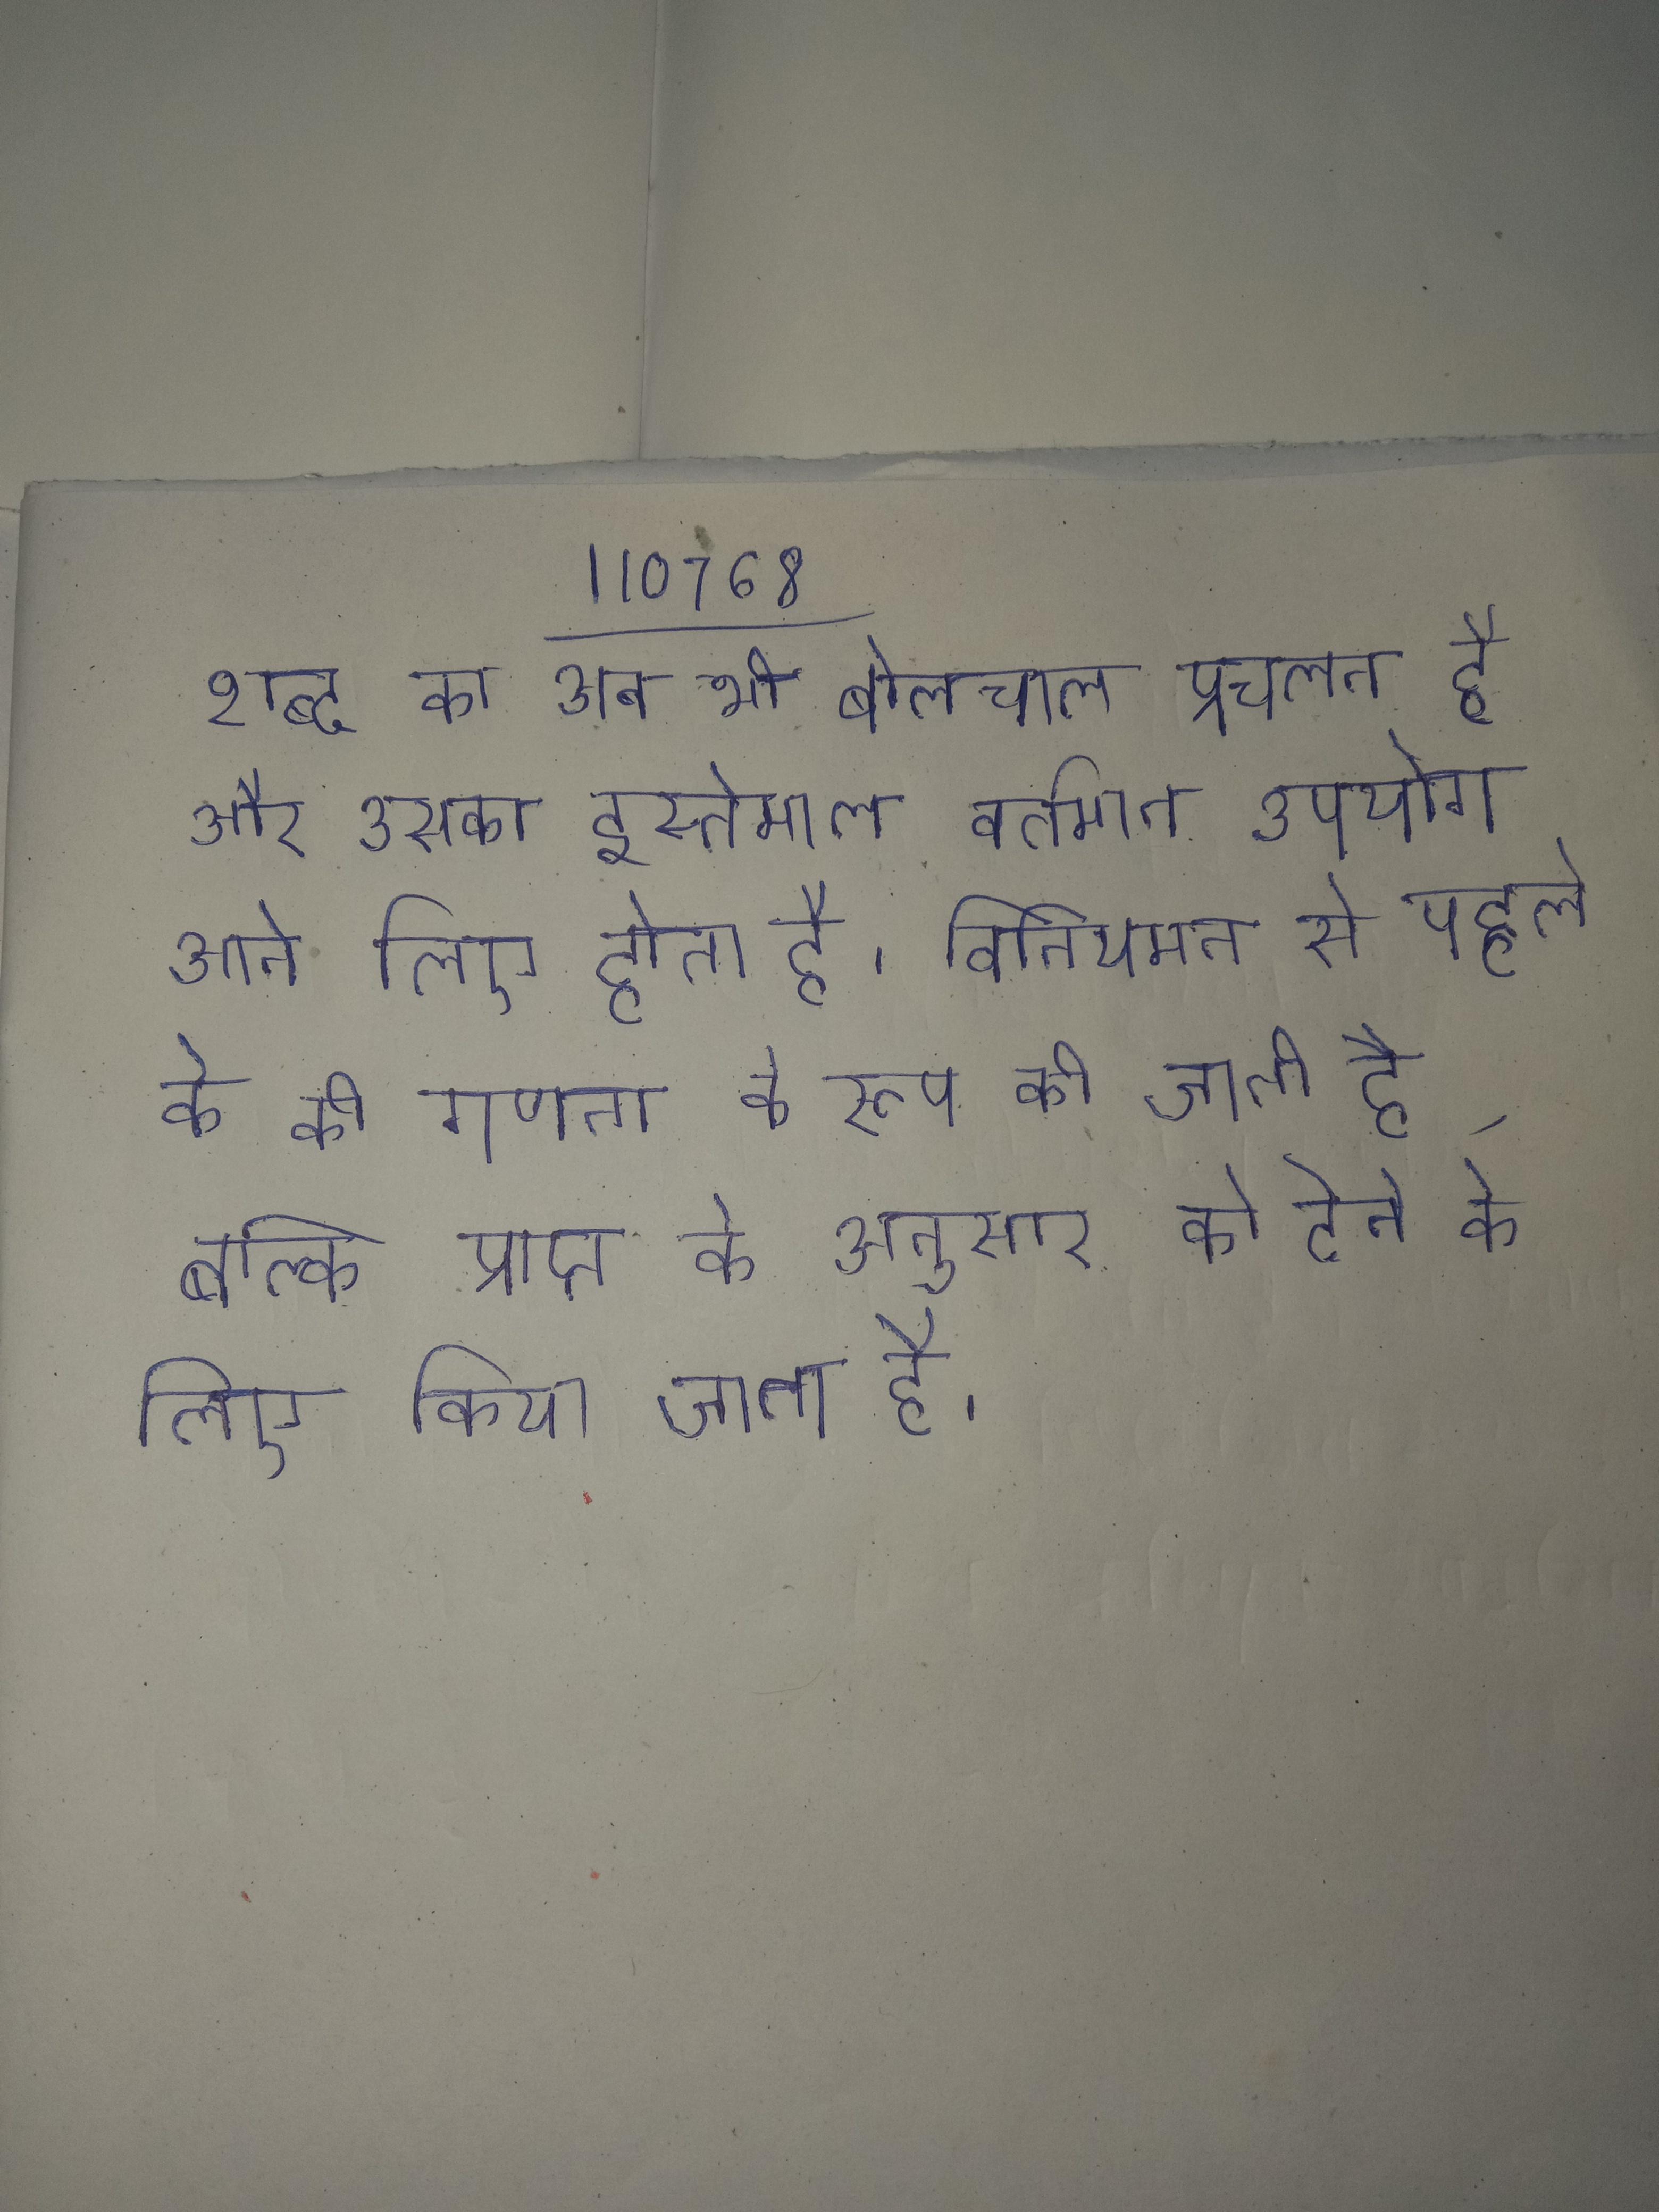
शब्द का अब भी बोलचाल प्रचलन है और उसका इस्तेमाल वर्तमान उपयोग आने वाले सभी बौद्धिक के लिए होता है । विनियमन से पहले के की गणना के रूप की जाती है, बल्कि प्राप्त के अनुसार को देने के लिए किया जाता है ।